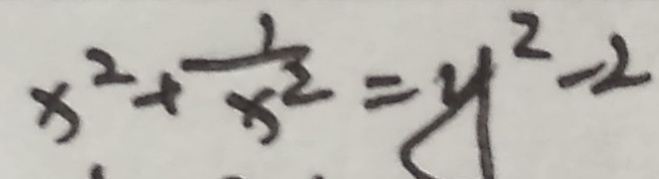
x ^ { 2 } + \frac { 1 } { x ^ { 2 } } = y ^ { 2 } - 2